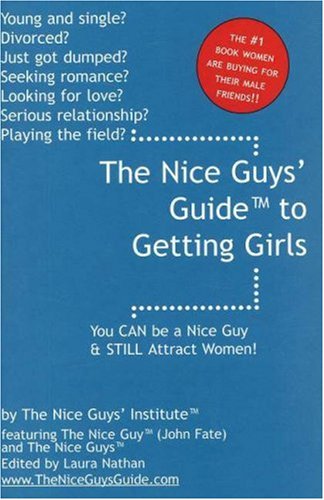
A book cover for The Nice Guys' Guide to Getting Girls: You CAN be a Nice Guy & STILL Attract Women!; John Fate; Gay & Lesbian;